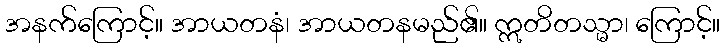
အနက်ကြောင့်။ အာယတနံ၊ အာယတနမည်၏။ ဣတိတသ္မာ၊ ကြောင့်။